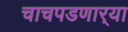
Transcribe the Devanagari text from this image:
चाचपडणार्‍या